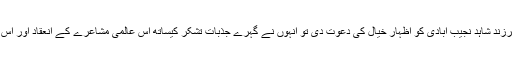
اس عالمی تقریب کے ابتدائی حصے کے نا ظم مجتبیٰ برلاس نے مہمانِ اعزاز، فرزندِ شاہد نجیب آبادی کو اظہارِ خیال کی دعوت دی تو انہوں نے گہرے جذباتِ تشکر کیساتھ اس عالمی مشاعرے کے انعقاد اور اس کے شاندار انتظامات پر طاہر عظیم اور دیگر تمام اراکینِ انجمن کا شکریہ ادا کیا۔